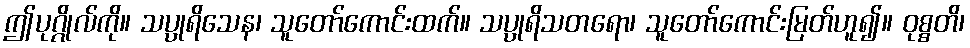
ဤပုဂ္ဂိုလ်ကို။ သပ္ပုရိသေန၊ သူတော်ကောင်းထက်။ သပ္ပုရိသတရော၊ သူတော်ကောင်းမြတ်ဟူ၍။ ဝုစ္စတိ၊